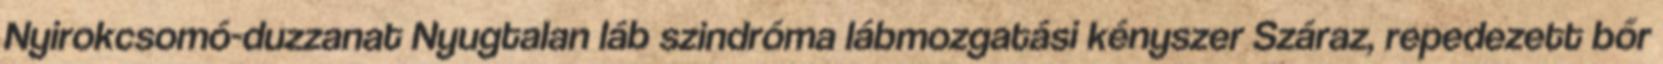
Nyirokcsomó-duzzanat Nyugtalan láb szindróma lábmozgatási kényszer Száraz, repedezett bőr